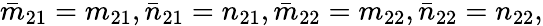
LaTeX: \bar{m}_{21}=m_{21},\bar{n}_{21}=n_{21},\bar{m}_{22}=m_{22},\bar{n}_{22}=n_{22},